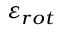
\varepsilon _ { r o t }